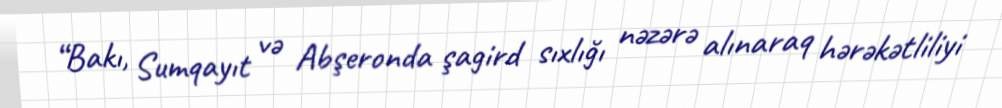
“Bakı, Sumqayıt və Abşeronda şagird sıxlığı nəzərə alınaraq hərəkətliliyi